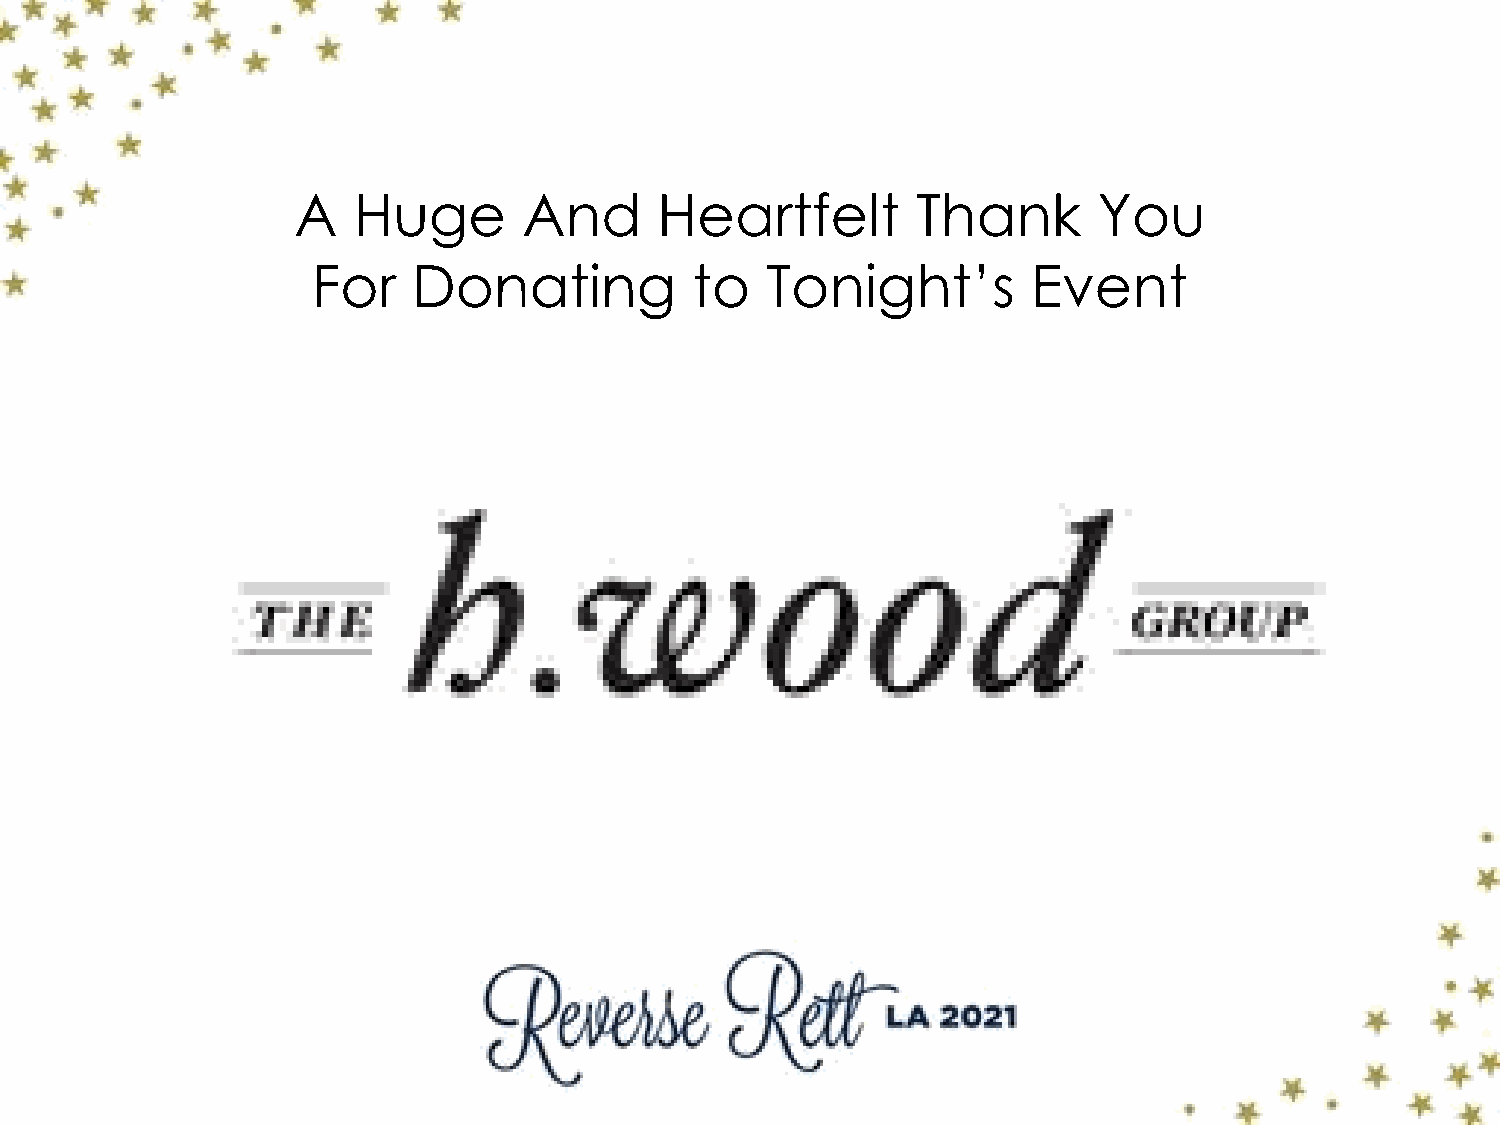
A   Huge        And      Heartfelt        Thank       You
 For   Donating           to   Tonight’s        Event